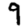
Digit: 9